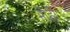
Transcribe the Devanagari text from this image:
भौह्नी